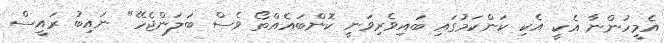
އެމީހުންނާ އެކީ އެކި ކަންކަމުގައި ބައިވެރިވަނީ ކޮންބައެއްތޯ ވެސް ބަލަންޖެހޭ" ނައިބު ރައީސް